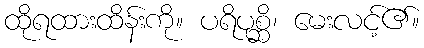
ထိုရထားထိန်းကို။ ပရိပုစ္ဆိ၊ မေးလင့်၏။